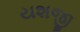
યશજી